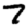
Digit: 7